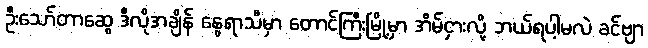
ဦးသော်တာဆွေ ဒီလိုအချိန် နွေရာသီမှာ တောင်ကြီးမြို့မှာ အိမ်ငှားလို့ ဘယ်ရပါ့မလဲ ခင်ဗျာ